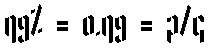
၇၅% = ၀.၇၅ = ၃/၄